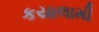
કયાલામી